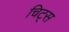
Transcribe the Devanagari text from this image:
चिट्स